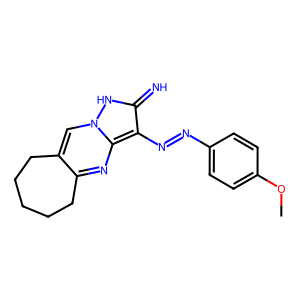
SMILES: COc1ccc(N=Nc2c(=N)[nH]n3cc4c(nc23)CCCCC4)cc1
Inhibits HIV replication: No